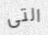
التى